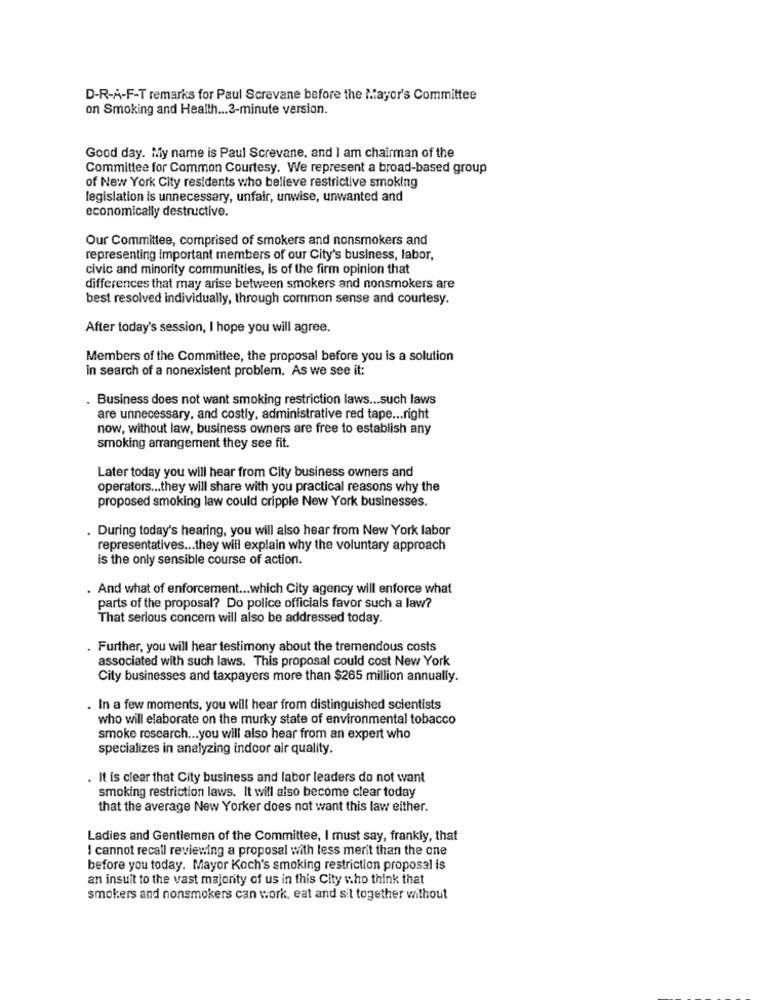
D-R-A-F-T remarks for Paul Screvane before the Mayor's Committee
on Smoking and Health ... 3-minute version.
Good day. My name is Paul Screvane, and I am chairman of the
Committee for Common Courtesy. We represent a broad-based group
of New York City residents who believe restrictive smoking
legislation is unnecessary, unfair, unwise, unwanted and
economically destructive.
Our Committee, comprised of smokers and nonsmokers and
representing important members of our City's business, labor,
civic and minority communities, is of the firm opinion that
differences that may arise between smokers and nonsmokers are
best resolved individually, through common sense and courtesy.
After today's session, I hope you will agree.
Members of the Committee, the proposal before you is a solution
In search of a nonexistent problem. As we see it:
. Business does not want smoking restriction laws ... such laws
are unnecessary, and costly, administrative red tape ... right
now, without law, business owners are free to establish any
smoking arrangement they see fit.
Later today you will hear from City business owners and
operators ... they will share with you practical reasons why the
proposed smoking law could cripple New York businesses.
. During today's hearing, you will also hear from New York labor
representatives ... they will explain why the voluntary approach
is the only sensible course of action.
. And what of enforcement ... which City agency will enforce what
parts of the proposal? Do police officials favor such a law?
That serious concern will also be addressed today.
. Further, you will hear testimony about the tremendous costs
associated with such laws. This proposal could cost New York
City businesses and taxpayers more than $265 million annually.
In a few moments, you will hear from distinguished scientists
who will elaborate on the murky state of environmental tobacco
smoke research ... you will also hear from an expert who
specializes in analyzing indoor air quality.
. It is clear that City business and labor leaders do not want
smoking restriction laws. It will also become clear today
that the average New Yorker does not want this law either.
Ladies and Gentlemen of the Committee, I must say, frankly, that
I cannot recall reviewing a proposal with less merit than the one
before you today. Mayor Koch's smoking restriction proposal is
an insuit to the vast majority of us in this City who think that
smokers and nonsmokers can work, eat and sit together without